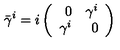
\bar { \gamma } ^ { i } = i \left( \begin{array} { r r } { 0 } & { \gamma ^ { i } } \\ { \gamma ^ { i } } & { 0 } \\ \end{array} \right)